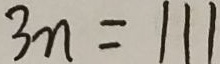
3 n = 1 1 1